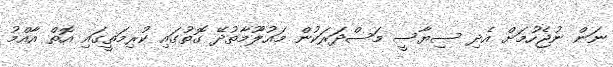
ނަން ނުޖެހުމަށް އެދި ސިޔާސީ މަސްދަރަކުން މައުލޫމާތުދޭ ގޮތުގައި ކުރިމަތީގައި އޮތް އާއްމު